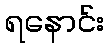
ရနောင်း